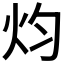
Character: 𤆥